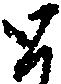
と